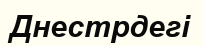
Днестрдегі